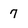
Character: 7